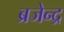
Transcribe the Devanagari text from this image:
ब्रजेन्‍द्र